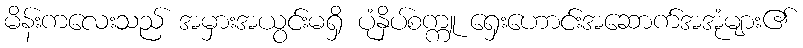
မိန်းကလေးသည် အမှားအယွင်းမရှိ ပုံနှိပ်စက္ကူ ရှေးဟောင်းအဆောက်အအုံများ၏